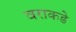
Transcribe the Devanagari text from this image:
वराकडे